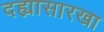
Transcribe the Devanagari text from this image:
दह्यासारखा